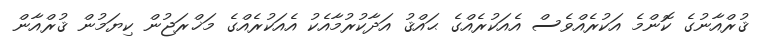
ޤުރްއާނުގެ ކޮންމެ އަކުރެއްވެސް އެއަކުރެއްގެ ޙައްޤު އަދާކުރުމާއެކު އެއަކުރެއްގެ މަޚްރަޖުން ކިޔަމުން ޤުރްއާން